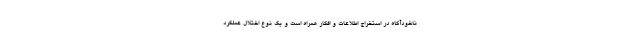
ناخودآگاه در استخراج اطلاعات و افکار همراه است و یک نوع اختلال عملکرد